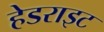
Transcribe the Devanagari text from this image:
हेडराइट